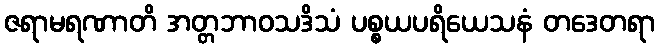
ဇရာမရဏာတိ အတ္တဘာဝသဒိသံ ပစ္စယပရိယေသနံ တဒေတရာ